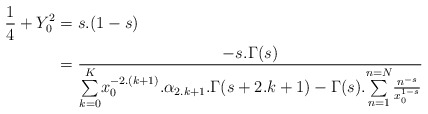
\begin{align*}\frac{1}{4}+Y_0^2&=s.(1-s)\\&=\frac{-s.\Gamma (s)}{\underset{k=0}{\overset{K}{\sum }}x_0^{-2.(k+1)}.\alpha _{2.k+1}.\Gamma (s+2.k+1)-\Gamma (s).\underset{n=1}{\overset{n=N}{\sum }}\frac{n^{-s}}{x_0^{1-s}}}\end{align*}